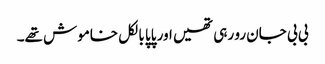
بی بی جان رو رہی تھیں اور پاپا بالکل خاموش تھے۔